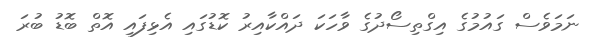
ނަމަވެސް ގައުމުގެ އިގްތިސޯދުގެ ވާހަކަ ދައްކާއިރު ކޮޑުގައި އެޅިފައި އޮތް ބޮޑު ބުރަ